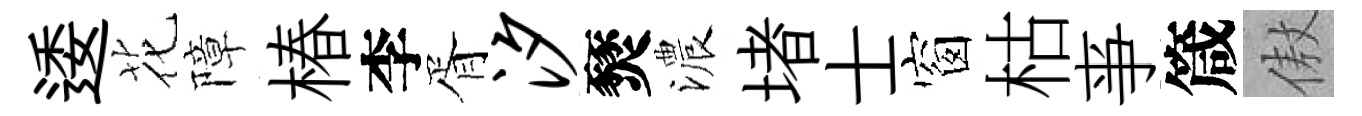
逶花障椿李胥汐燹濃堵士窗枯亊箴傲